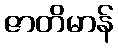
ဇာတိမာန်